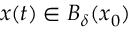
{ \boldsymbol x } ( t ) \in B _ { \delta } ( { \boldsymbol x } _ { 0 } )